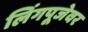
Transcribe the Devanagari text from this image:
लिंगपूजेवर